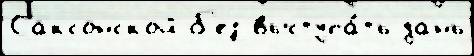
Саксонской б'ез выступа́ть дань